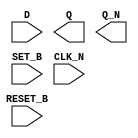
module sky130_fd_sc_hd__dfbbn (
    //# {{data|Data Signals}}
    input  D      ,
    output Q      ,
    output Q_N    ,

    //# {{control|Control Signals}}
    input  RESET_B,
    input  SET_B  ,

    //# {{clocks|Clocking}}
    input  CLK_N
);

    // Voltage supply signals
    supply1 VPWR;
    supply0 VGND;
    supply1 VPB ;
    supply0 VNB ;

endmodule